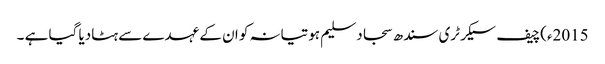
2015ء)چیف سیکرٹری سندھ سجاد سلیم ہوتیانہ کو ان کے عہدے سے ہٹادیا گیا ہے ۔